Indian journal of veterinary science and animal husbandry - Volume 11,
Year: 1941
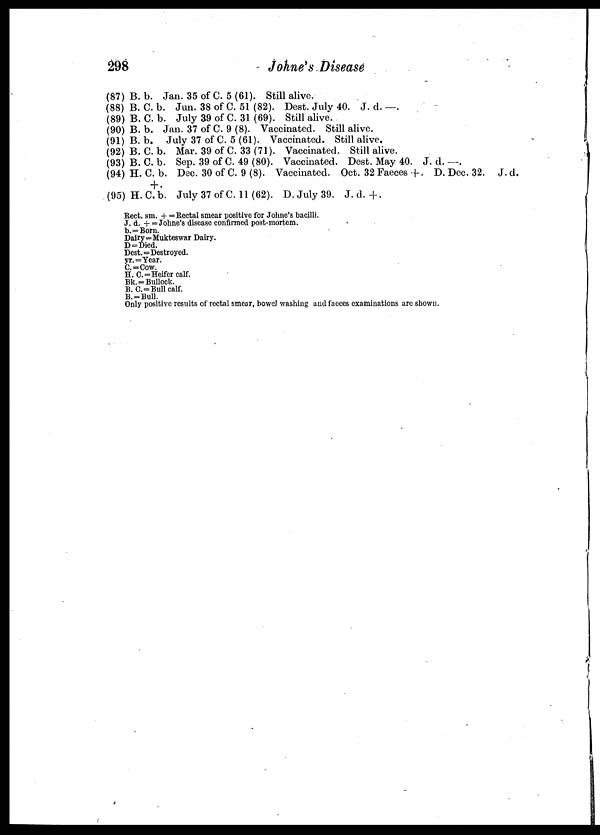
298
Johne's Disease
(87) B. b. Jan. 35 of C. 5 (61). Still alive.
(88) B. C. b. Jun. 38 of C. 51 (82). Dest. July 40. J. d. —.
(89) B. C. b. July 39 of C. 31 (69). Still alive.
(90) B. b. Jan. 37 of C. 9 (8). Vaccinated. Still alive.
(91) B. b.
July 37 of C. 5 (61). Vaccinated. Still alive.
(92) B. C. b. Mar. 39 of C. 33 (71). Vaccinated. Still alive.
(93) B. C. b. Sep. 39 of C. 49 (80). Vaccinated. Dest. May 40. J. d. —.
(94) H. C. b. Dec. 30 of C. 9 (8). Vaccinated. Oct. 32 Faeces +. D. Dec. 32. J. d.
+ .
(95)H.C.b. July 37 of C. 11(62). D. July 39. J. d. +.
Rect. sm. + = Rectal smear positive for Johne's bacilli.
J. d. + = Johne's disease confirmed post-mortem.
b.=Born.
Dairy=Mukteswar Dairy.
D=Died.
Dest.=Destroyed.
yr.=Year.
C.=Cow.
H.C.=Heifer calf.
Bk. = Bullock.
B.C. = Bull calf.
B.=Bull.
Only positive results of rectal smear, bowel washing and faeces examinations are shown.